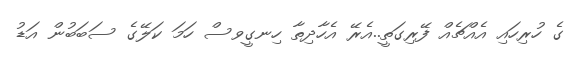
ގެ ހުރިހައި އެއްޗެއް ފޭރިގަތީ..އެރޭ އެހާދިތާ ހިނގީވސް ހަމަ ކަލޭގެ ސަބަބުން އަޑު